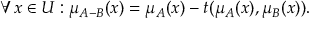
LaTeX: \forall x \in { U } : \mu _ { A - { B } } ( x ) = \mu _ { A } ( x ) - t ( \mu _ { A } ( x ) , \mu _ { B } ( x ) ) .